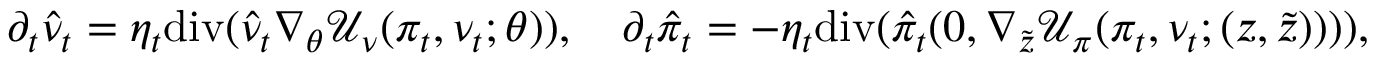
\partial _ { t } \hat { \nu } _ { t } = \eta _ { t } \mathrm { d i v } ( \hat { \nu } _ { t } \nabla _ { \theta } \mathcal { U } _ { \nu } ( \pi _ { t } , \nu _ { t } ; \theta ) ) , \quad \partial _ { t } \hat { \pi } _ { t } = - \eta _ { t } \mathrm { d i v } ( \hat { \pi } _ { t } ( 0 , \nabla _ { \tilde { z } } \mathcal { U } _ { \pi } ( \pi _ { t } , \nu _ { t } ; ( z , \tilde { z } ) ) ) ) ,